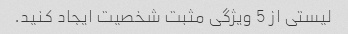
لیستی از 5 ویژگی مثبت شخصیت ایجاد کنید.